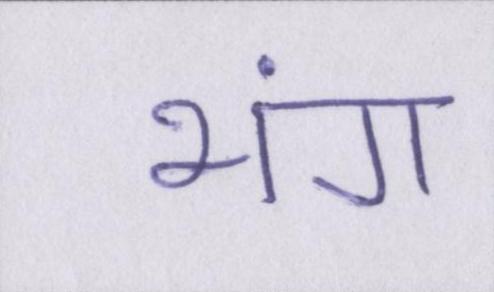
भंग